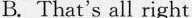
B. That's all right